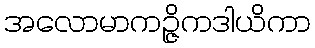
အလောမာကဉ္ဇိကဒါယိကာ